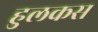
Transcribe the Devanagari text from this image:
हुलकस